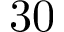
3 0